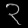
Digit: ၃